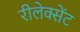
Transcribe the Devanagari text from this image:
रीलेक्सेंट